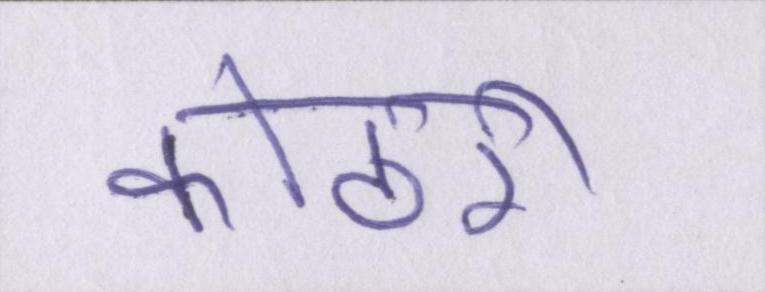
कोठरी